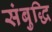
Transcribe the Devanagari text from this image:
संबुद्धि